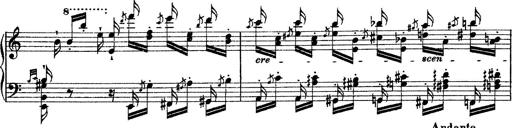
Title: Grande fantasie di bravura sur La clochette
Composer: Franz Liszt
Key: A minor